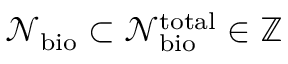
\mathcal { N } _ { \mathrm { b i o } } \subset \mathcal { N } _ { \mathrm { b i o } } ^ { \mathrm { t o t a l } } \in \mathbb { Z }